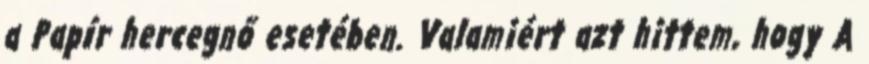
a Papír hercegnő esetében. Valamiért azt hittem, hogy A